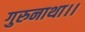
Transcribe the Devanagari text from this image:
गुरुनाथा।।